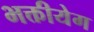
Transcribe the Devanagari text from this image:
भक्तीयेग